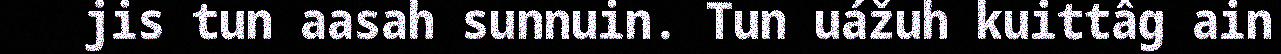
jis tun aasah sunnuin. Tun uážuh kuittâg ain